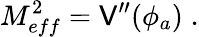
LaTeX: M_{eff}^{2}=\mathsf{V}^{\prime\prime}(\phi_{a})\; .